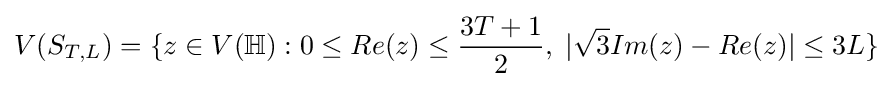
V(S_{T,L})=\{z\in V(\mathbb {H} ):0\leq Re(z)\leq {\frac {3T+1}{2}},\;|{\sqrt {3}}Im(z)-Re(z)|\leq 3L\}